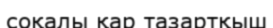
соқалы қар тазартқыш